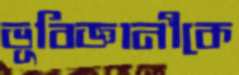
ভূবিজ্ঞানীকে